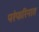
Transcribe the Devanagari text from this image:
परंफरिनात